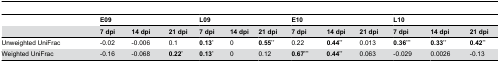
|  | <COLSPAN=3> E09 | <COLSPAN=3> L09 | <COLSPAN=3> E10 | <COLSPAN=3> L10 |
 |  | 7 dpi | 14 dpi | 21 dpi | 7 dpi | 14 dpi | 21 dpi | 7 dpi | 14 dpi | 21 dpi | 7 dpi | 14 dpi | 21 dpi |
 | --- | --- | --- | --- | --- | --- | --- | --- | --- | --- | --- | --- | --- |
 | Unweighted UniFrac | -0.02 | -0.006 | 0.1 | 0.13* | 0 | 0.55** | 0.22 | 0.44** | 0.013 | 0.36*** | 0.33** | 0.42** |
 | Weighted UniFrac | -0.16 | -0.068 | 0.22* | 0.13* | 0 | 0.12 | 0.67*** | 0.44** | 0.063 | -0.029 | 0.0026 | -0.13 |